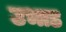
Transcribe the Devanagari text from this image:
उभाड